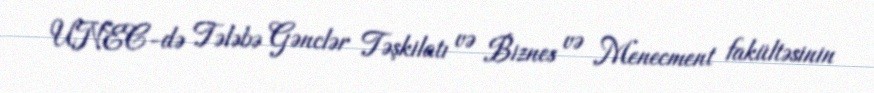
UNEC-də Tələbə Gənclər Təşkilatı və Biznes və Menecment fakültəsinin